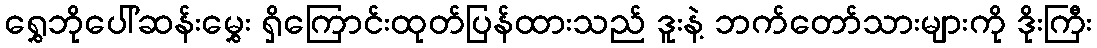
ရွှေဘိုပေါ်ဆန်းမွှေး ရှိကြောင်းထုတ်ပြန်ထားသည် ဒူးနဲ့ ဘက်တော်သားများကို ဒိုးကြီး